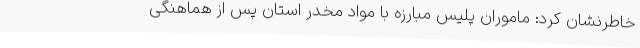
خاطرنشان کرد: ماموران پلیس مبارزه با مواد مخدر استان پس از هماهنگی